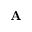
\mathbf { A }